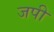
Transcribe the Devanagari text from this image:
जपी